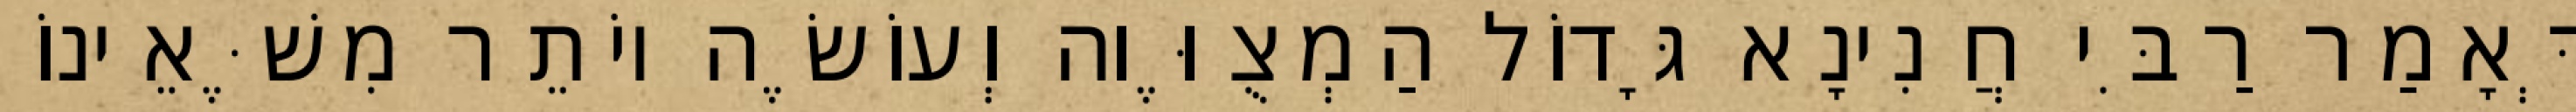
דְּאָמַר רַבִּי חֲנִינָא גָּדוֹל הַמְצֻוֶּוה וְעוֹשֶׂה יוֹתֵר מִשֶּׁאֵינוֹ